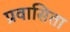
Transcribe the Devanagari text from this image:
प्रवासिता